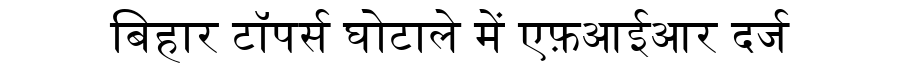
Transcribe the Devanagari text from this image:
बिहार टॉपर्स घोटाले में एफ़आईआर दर्ज